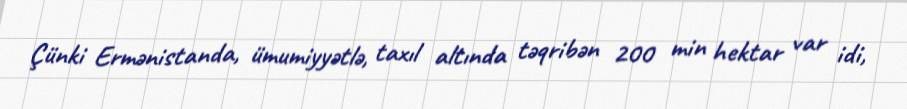
Çünki Ermənistanda, ümumiyyətlə, taxıl altında təqribən 200 min hektar var idi,